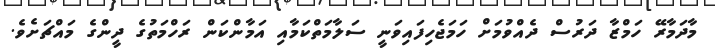
މާދަމާރޭ ހަމްޒާ ދަރުސް ދެއްވުމަށް ހަމަޖެހިފައިވަނީ ސަލާމަތްކަމާއި އަމާންކަން ރަހްމަތުގެ ދީންގެ މައްޗަށެވެ.